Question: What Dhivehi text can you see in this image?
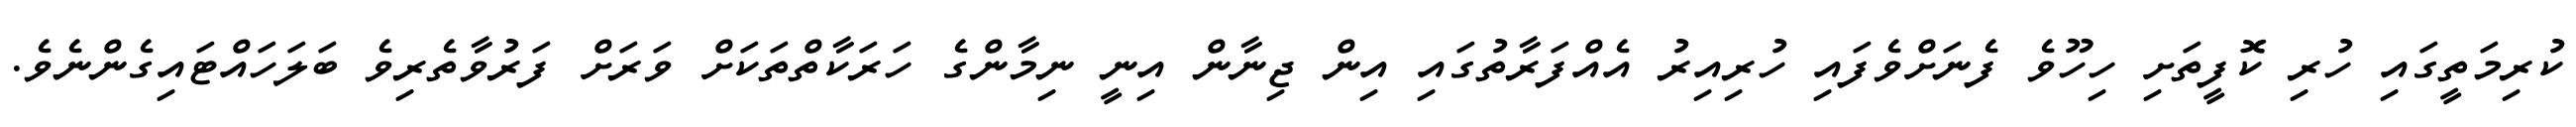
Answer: ކުރިމަތީގައި ހުރި ކޮފީތަށި ހިހޫވެ ފެނަށްވެފައި ހުރިއިރު އެއްފަރާތުގައި އިން ޖިނާން އިނީ ނިމާންގެ ހަރަކާތްތަކަށް ވަރަށް ފަރުވާތެރިވެ ބަލަހައްޓައިގެންނެވެ.